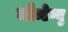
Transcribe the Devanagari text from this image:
मौन्टेग्यु